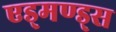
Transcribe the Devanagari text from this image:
एड्मण्ड्स